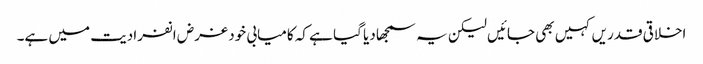
اخلاقی قدریں کہیں بھی جائیں لیکن یہ سمجھا دیا گیا ہے کہ کامیابی خود غرض انفرادیت میں ہے۔